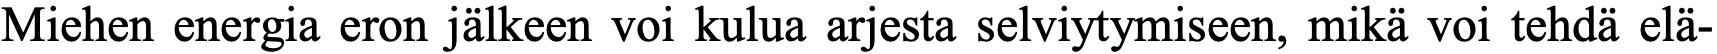
Miehen energia eron jälkeen voi kulua arjesta selviytymiseen, mikä voi tehdä elä-